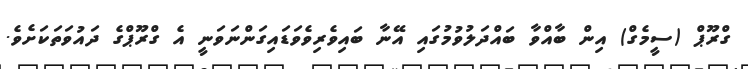
ގްރޫޕް (ސީމެގް) އިން ބާއްވާ ބައްދަލުވުމުގައި އޭނާ ބައިވެރިވެވަޑައިގަންނަވަނީ އެ ގްރޫޕްގެ ދައުވަތަކަށެވެ.